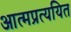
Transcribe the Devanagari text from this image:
आत्मप्रत्ययित